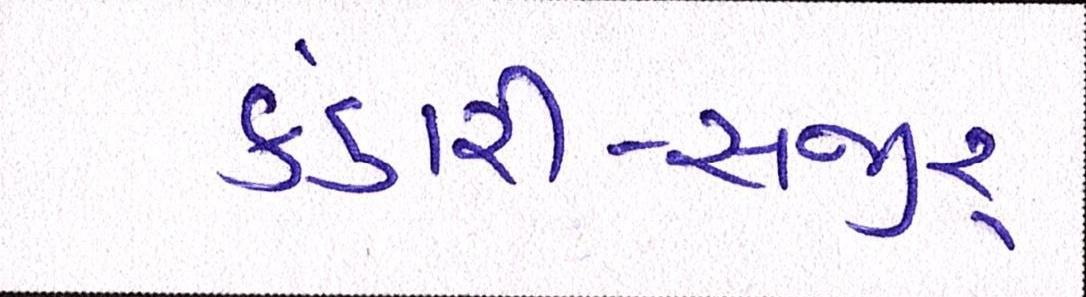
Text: કંડારી-સજીર્